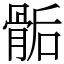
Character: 骺